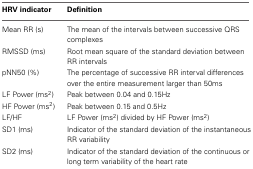
| HRV indicator | Definition |
 | --- | --- |
 | Mean RR (s) | The mean of the intervals between successive QRS complexes |
 | RMSSD (ms) | Root mean square of the standard deviation between RR intervals |
 | pNN50 (%) | The percentage of successive RR interval differences over the entire measurement larger than 50ms |
 | LF Power (ms2) | Peak between 0.04 and 0.15Hz |
 | HF Power (ms2) | Peak between 0.15 and 0.5Hz |
 | LF/HF | LF Power (ms2) divided by HF Power (ms2) |
 | SD1 (ms) | Indicator of the standard deviation of the instantaneous RR variability |
 | SD2 (ms) | Indicator of the standard deviation of the continuous or long term variability of the heart rate |